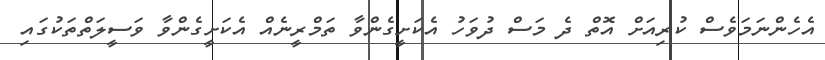
އެހެންނަމަވެސް ކުރިއަށް އޮތް ދެ މަސް ދުވަހު އެކަށީގެންވާ ތަމްރީނެއް އެކަށީގެންވާ ވަސީލަތްތަކުގައި